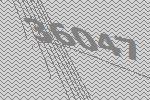
36047